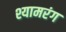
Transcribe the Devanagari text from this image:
श्यामरंग